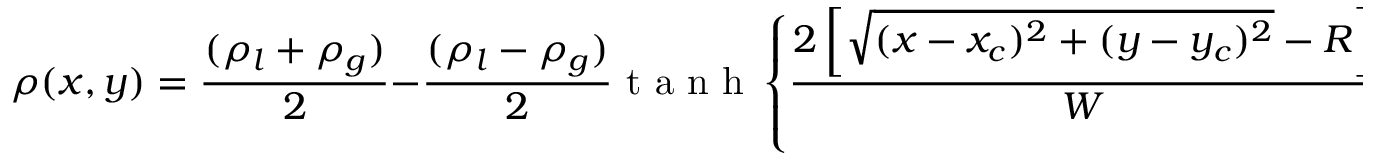
\rho ( x , y ) = \frac { ( \rho _ { l } + \rho _ { g } ) } { 2 } - \frac { ( \rho _ { l } - \rho _ { g } ) } { 2 } \mathrm { ~ t ~ a ~ n ~ h ~ } \left\{ \frac { 2 \left[ \sqrt { ( x - x _ { c } ) ^ { 2 } + ( y - y _ { c } ) ^ { 2 } } - R \right] } { W } \right\}